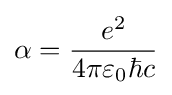
\alpha ={\frac {e^{2}}{4\pi \varepsilon _{0}\hbar c}}